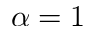
\alpha = 1